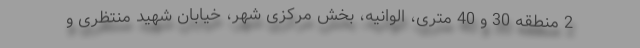
2 منطقه 30 و 40 متری، الوانیه، بخش مرکزی شهر، خیابان شهید منتظری و